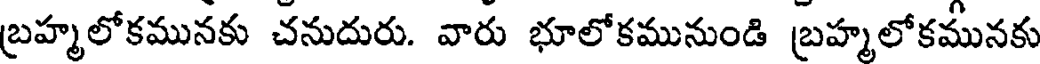
బ్రహ్మలోకమునకు చనుదురు. వారు భూలోకమునుండి బ్రహ్మలోకమునకు